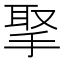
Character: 𢮝